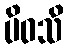
ပိဝသိ